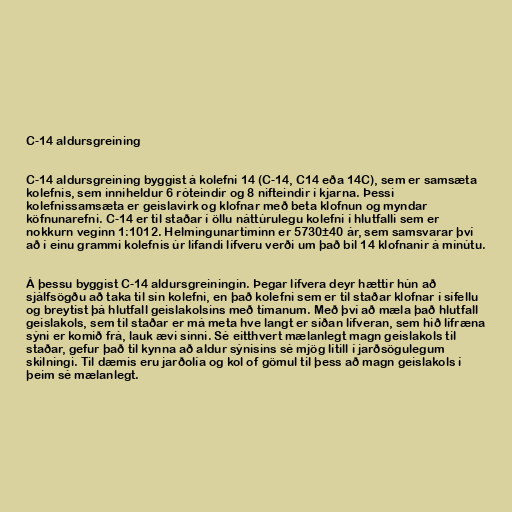
C-14 aldursgreining

C-14 aldursgreining byggist á kolefni 14 (C-14, C14 eða 14C), sem er samsæta
kolefnis, sem inniheldur 6 róteindir og 8 nifteindir í kjarna. Þessi
kolefnissamsæta er geislavirk og klofnar með beta klofnun og myndar
köfnunarefni. C-14 er til staðar í öllu náttúrulegu kolefni í hlutfalli sem er
nokkurn veginn 1:1012. Helmingunartíminn er 5730±40 ár, sem samsvarar því
að í einu grammi kolefnis úr lifandi lífveru verði um það bil 14 klofnanir á mínútu.

Á þessu byggist C-14 aldursgreiningin. Þegar lífvera deyr hættir hún að
sjálfsögðu að taka til sín kolefni, en það kolefni sem er til staðar klofnar í sífellu
og breytist þá hlutfall geislakolsins með tímanum. Með því að mæla það hlutfall
geislakols, sem til staðar er má meta hve langt er síðan lífveran, sem hið lífræna
sýni er komið frá, lauk ævi sinni. Sé eitthvert mælanlegt magn geislakols til
staðar, gefur það til kynna að aldur sýnisins sé mjög lítill í jarðsögulegum
skilningi. Til dæmis eru jarðolía og kol of gömul til þess að magn geislakols í
þeim sé mælanlegt.